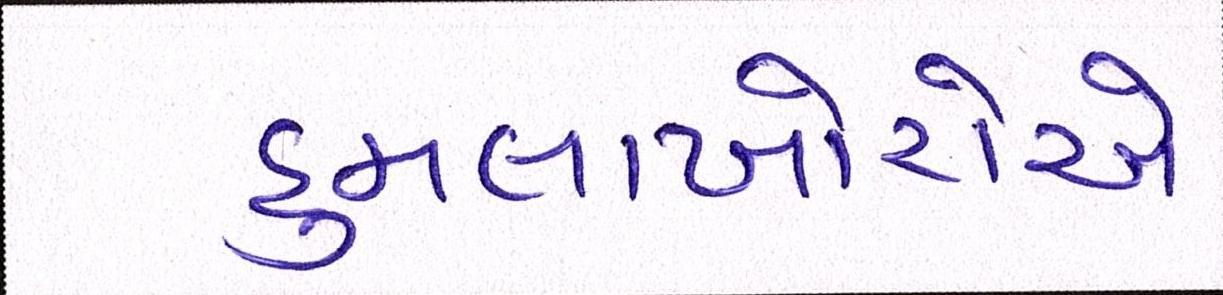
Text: હુમલાખોરોએ